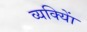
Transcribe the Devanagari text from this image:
व्यक्याेिं